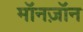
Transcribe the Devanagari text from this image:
मॉनज़ॉन